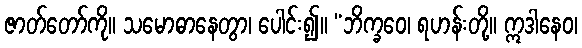
ဇာတ်တော်ကို။ သမောဓာနေတွာ၊ ပေါင်း၍။ “ဘိက္ခဝေ၊ ရဟန်းတို့။ ဣဒါနေဝ၊